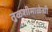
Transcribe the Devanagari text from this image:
तुळशीमाळेची